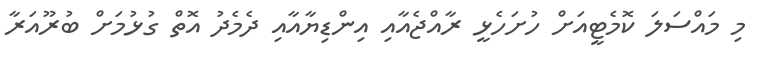
މި މައްސަލަ ކޮމެޓީއަށް ހުށަހެޅީ ރާއްޖެއާއި އިންޑިޔާއާއި ދެމެދު އޮތް ގުޅުމަށް ބުރޫއަރާ